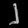
Digit: ၂